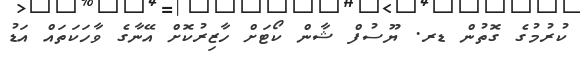
ކުރުމުގެ ގޮތުން ޑރ. ޔޫސުފް ޝާން ކޯޓަށް ހާޒިރުުކޮށް އޭނާގެ ވާހަކަތައް އަޑު